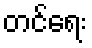
တင်ရေး